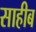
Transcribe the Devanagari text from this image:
साहीब